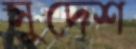
সুদেশ